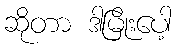
ဆိုတာ ဒါမြိုးပေါ့